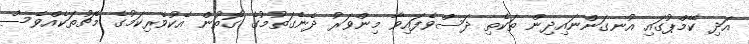
އަދި ކޭމްޕުގައި އުނގަންނައިދިން ތަކެތި ދަސްވެފައިވާ މިންވަރު ދެނެގަތުމުގެ ގޮތުން އެކުވެރިކަމުގެ މެޗުތަކެއްވެސް